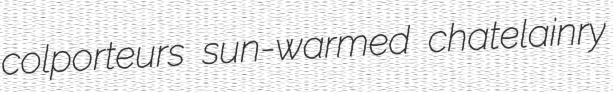
colporteurs sun-warmed chatelainry